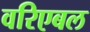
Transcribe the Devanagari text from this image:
वरिएबल